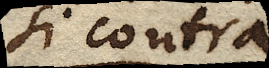
si contra